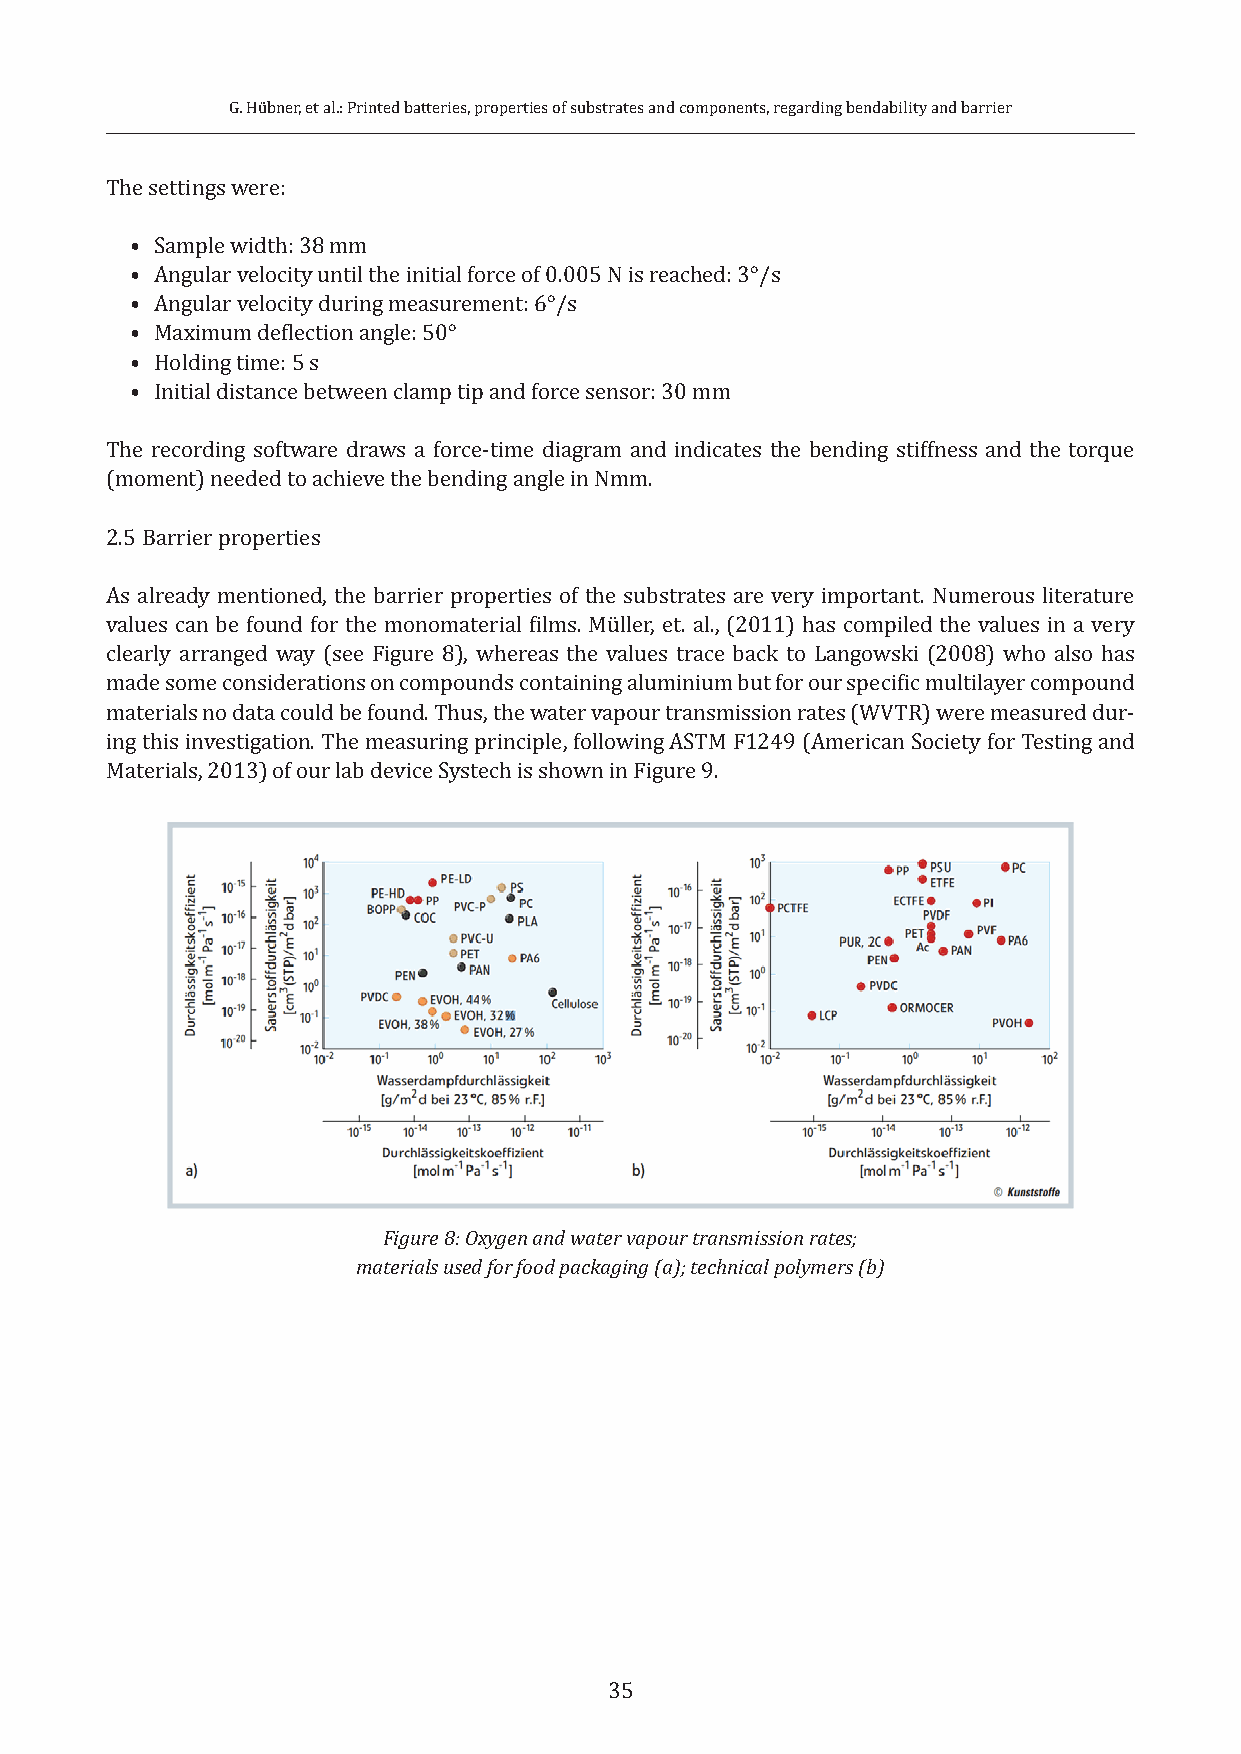
G. Hübner, et al.: Printed batteries, properties of substrates and components, regarding bendability and barrier
 The settings were:
 • Sample width: 38 mm
 • Angular velocity until the initial force of 0.005 N is reached: 3°/s
 • Angular velocity during measurement: 6°/s
 • Maximum deflection angle: 50°
 • Holding time: 5 s
 • Initial distance between clamp tip and force sensor: 30 mm
 The recording software draws a force-time diagram and indicates the bending stiffness and the torque
 (moment) needed to achieve the bending angle in Nmm.
 2.5 Barrier properties
 As already mentioned, the barrier properties of the substrates are very important. Numerous literature
 values can be found for the monomaterial films. Müller, et. al., (2011) has compiled the values in a very
 clearly arranged way (see Figure 8), whereas the values trace back to Langowski (2008) who also has
 made some considerations on compounds containing aluminium but for our specific multilayer compound
 materials no data could be found. Thus, the water vapour transmission rates (WVTR) were measured dur-
 ing this investigation. The measuring principle, following ASTM F1249 (American Society for Testing and
 Materials, 2013) of our lab device Systech is shown in Figure 9.
 Figure 8: Oxygen and water vapour transmission rates;
 materials used for food packaging (a); technical polymers (b)
 35